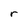
Character: r